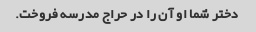
دختر شما او آن را در حراج مدرسه فروخت.